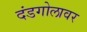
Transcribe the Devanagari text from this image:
दंडगोलावर